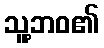
သူ့ဘဝ၏